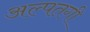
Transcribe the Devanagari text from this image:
अल्पतगी